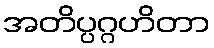
အတိပ္ပဂ္ဂဟိတာ